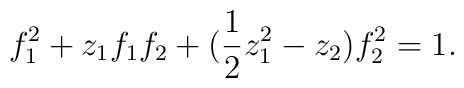
f_1^2 + z_1 f_1 f_2 + \big({1\over 2} z_1^2 - z_2\big) f_2^2 = 1.